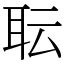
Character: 耺